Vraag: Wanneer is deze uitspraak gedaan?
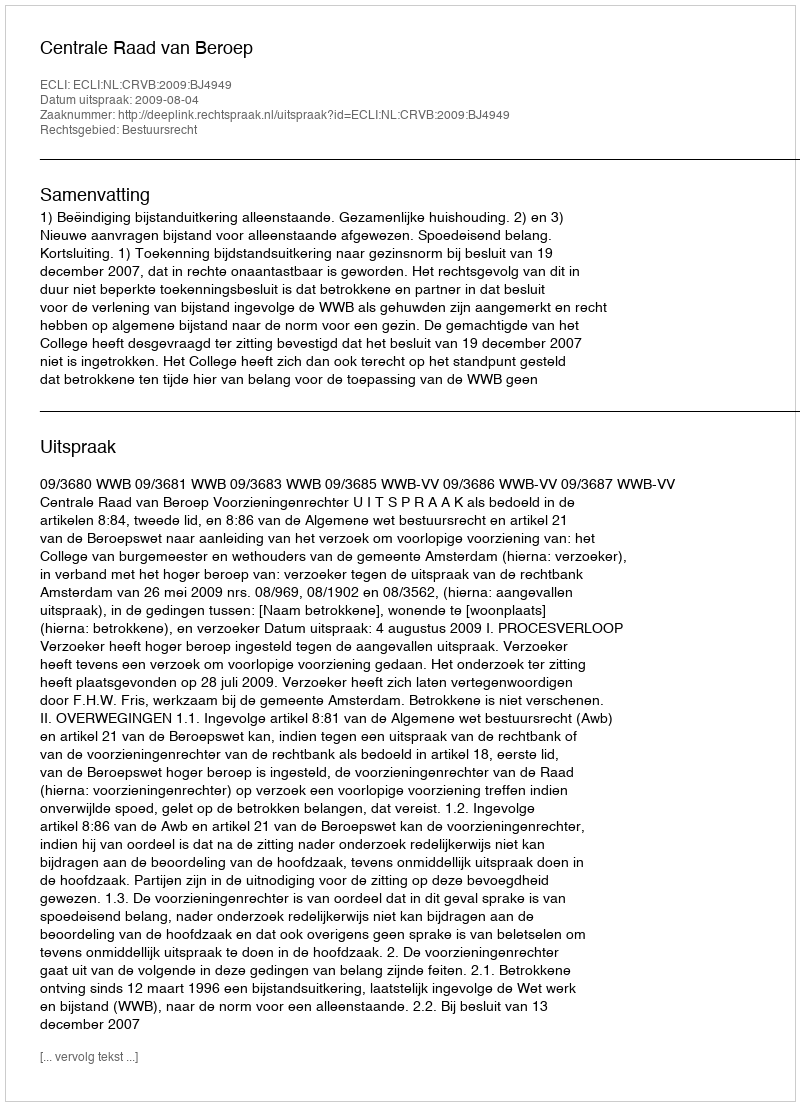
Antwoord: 2009-08-04